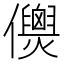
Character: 𠑎